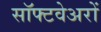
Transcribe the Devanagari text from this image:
सॉफ्टवेअरों